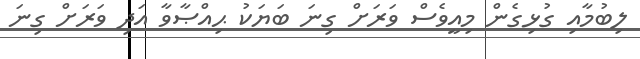
ލިބުމާއި ގުޅިގެން މިއީވެސް ވަރަށް ގިނަ ބަޔަކު ޙިއްޞާވާ އަދި ވަރަށް ގިނަ